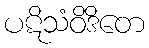
ပဋိသံဝိဒိတေ